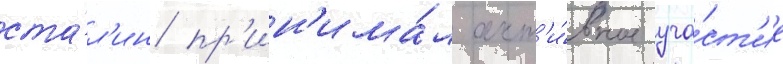
ста́л'ин пр'ин'има́л акт'и́вное уча́ст'ие